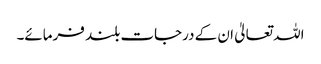
اللہ تعالیٰ ان کے درجات بلند فرمائے۔